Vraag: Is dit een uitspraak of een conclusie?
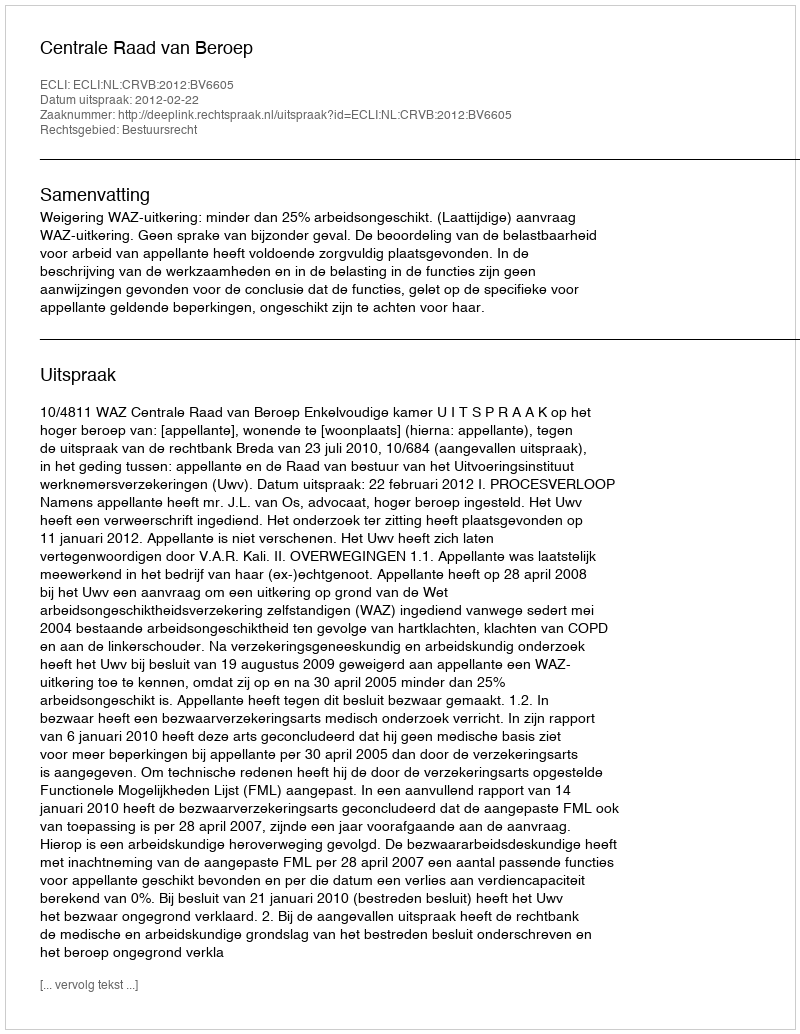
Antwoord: Uitspraak